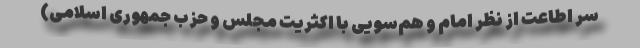
سر اطاعت از نظر امام و هم‌سویی با اکثریت مجلس و حزب جمهوری اسلامی)